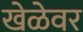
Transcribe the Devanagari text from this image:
खेळेवर